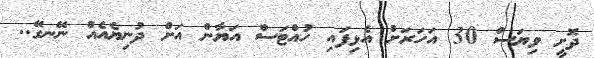
ދޮށީ ވިޔަސް 30 އަހަރަށް އެޅިފައި ހުއްޓަސް އަޔާން އަށް ދުނިޔެއެއް ނޭނގޭ..